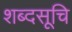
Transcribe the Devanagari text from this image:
शब्दसूचि